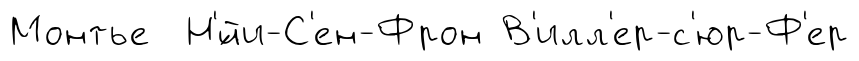
Монтье Н'́йи-С'ен-Фрон В'илл'ер-с'юр-Ф'ер